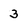
Character: 3